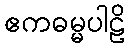
ဧကဓမ္မပါဠိ